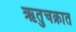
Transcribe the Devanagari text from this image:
ऋतुचक्रात